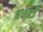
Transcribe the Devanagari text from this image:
बधाटी